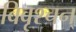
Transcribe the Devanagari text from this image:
विवृश्चन्